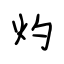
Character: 灼